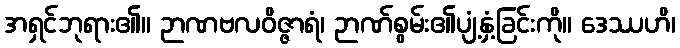
အရှင်ဘုရား၏။ ဉာဏဗလဝိဇ္ဇာရံ၊ ဉာဏ်စွမ်း၏ပျံ့နှံ့ခြင်းကို။ ဒေဿဟိ၊